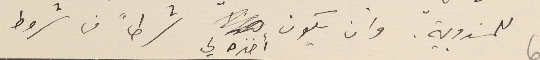
للمندوبية. وان يكون أخذه لي شرطاً من شروط